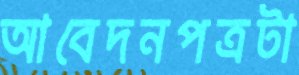
আবেদনপত্রটা